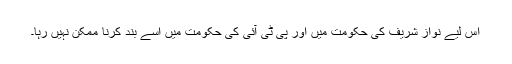
اس لیے نواز شریف کی حکومت میں اور پی ٹی آئی کی حکومت میں اسے بند کرنا ممکن نہیں رہا۔